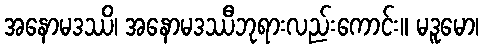
အနောမဒဿိ၊ အနောမဒဿီဘုရားလည်းကောင်း။ မဒူမော၊